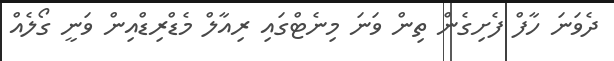
ދެވަނަ ހާފް ފެށިގެން ތިން ވަނަ މިނެޓްގައި ރިއާލް މެޑްރިޑްއިން ވަނީ ގޯލެއް